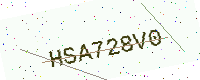
Text: HSA728V0